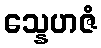
သ္နေဟဇံ